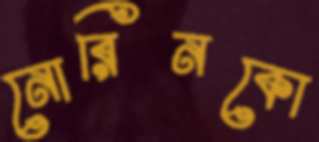
নোরিনকো